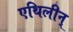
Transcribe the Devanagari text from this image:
एथिलीन्‌